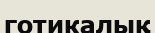
готикалық